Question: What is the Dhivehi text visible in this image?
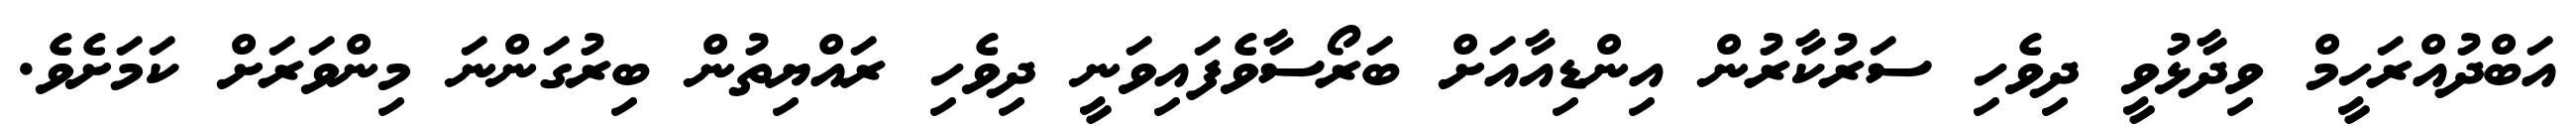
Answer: އަބްދުއްރަހީމް ވިދާޅުވީ ދިވެހި ސަރުކާރުން އިންޑިއާއަށް ބަރޯސާވެފައިވަނީ ދިވެހި ރައްޔިތުން ބިރުގަންނަ މިންވަރަށް ކަމަށެވެ.